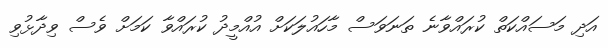
އަދި މަސައްކަތް ކުރައްވާނެ ތަނަވަސް މާހައުލަކަށް އުއްމީދު ކުރައްވާ ކަމަށް ވެސް ވިދާޅުވި